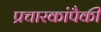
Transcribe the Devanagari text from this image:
प्रचारकांपैकी